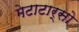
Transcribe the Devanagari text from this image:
मेटाटार्सो